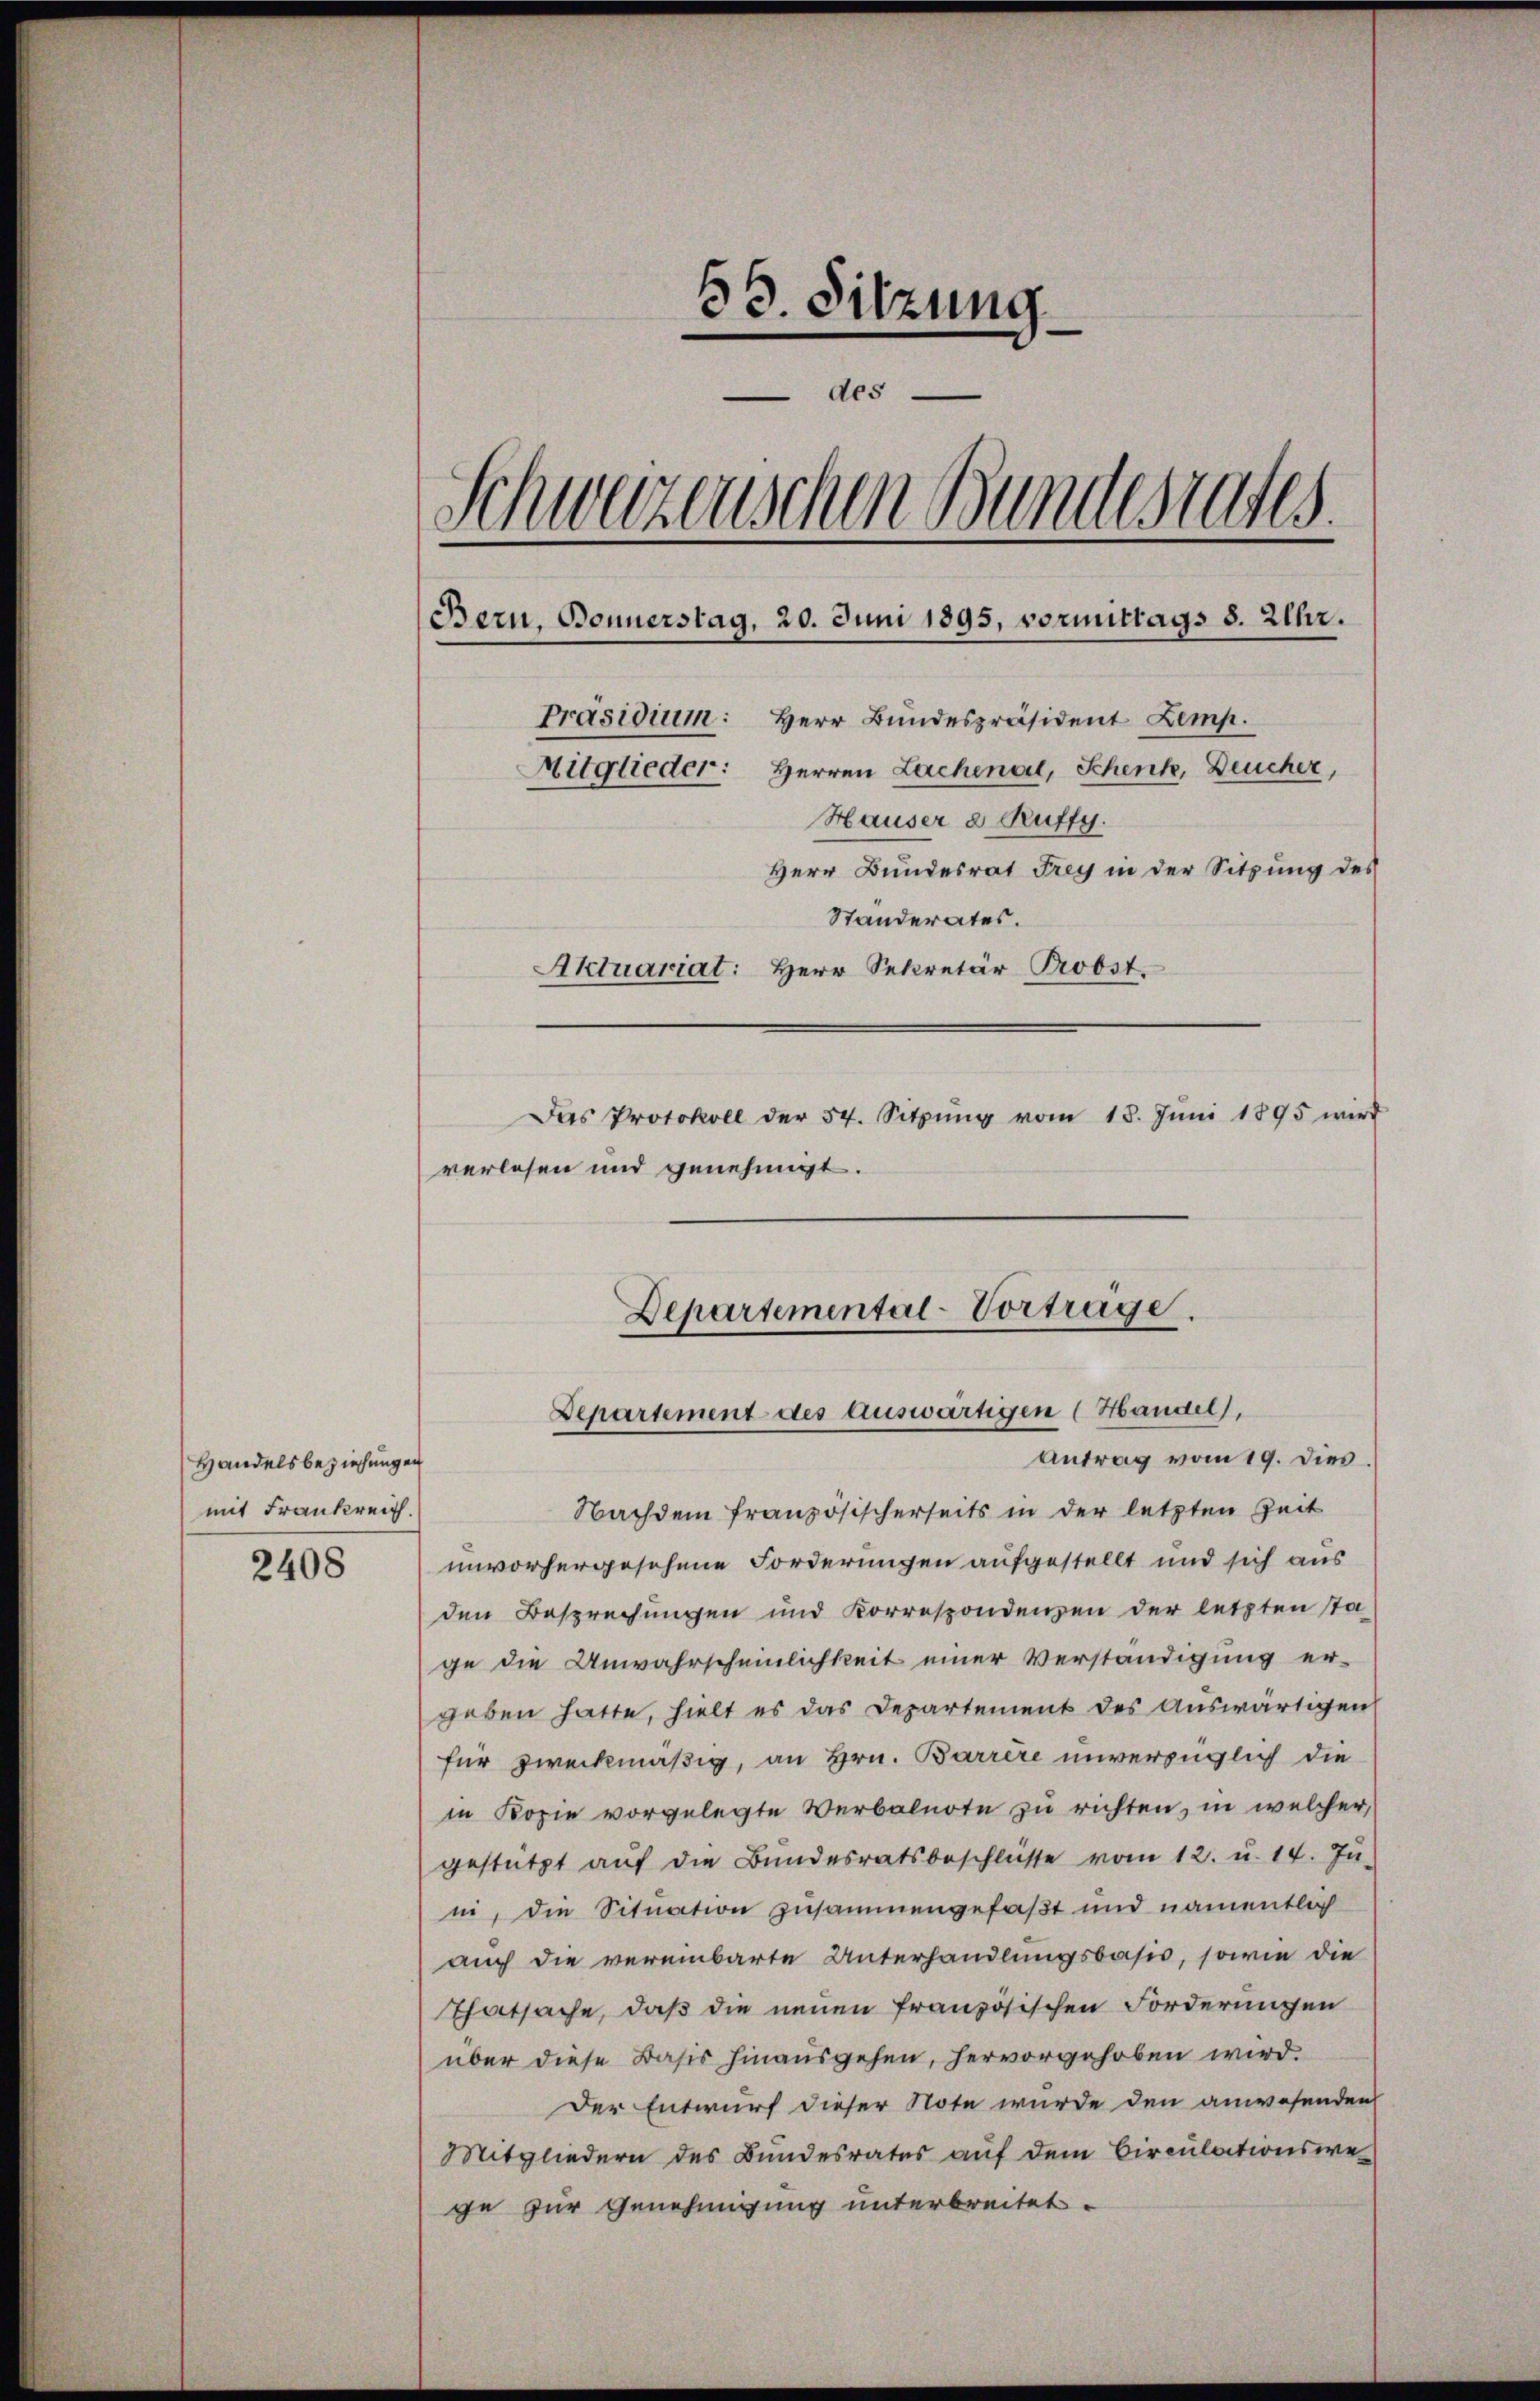
Handelsbeziehungen
mit Frankreich.

2408

33. Sitzung
des
Schweizerischen Bundestates.
Bern, Bonnerstag, 20. Juni 1895, vormittags 8. Uhr.
Präsidium: Herr Bundespräsident Lemp.
Mitglieder: Herren Lachenal, Schenk, Deucher,
Hauser a Ruffy.
Herr Bundesrat Frey in der Sitzung des
Standerates.
Aktuariat: Herr Sekretär Probst.
Das Protokoll der 54. Sitzŭng vom 18. Jŭni 1895 wird
verlesen und genehmigt.

Departemental-Vortrage.
Departement des auswärtigen (Handel,

Antrag vom 19. dies.
Nachdem französischerseits in der letzten Zeit
unvorhergesehene Forderungen aufgestellt und sich aus
den Besprechungen und Korrespondenzen der letzten sta-
ge die Unwahrscheinlichkeit einer Verständigung er-
geben hatte, hielt es das Departement des Auswärtigen
für zweckmäßig, an Hrn. Barrere unverzüglich die
in Kopie vorgelegte Verbalnote zu richten, in welcher
gestützt auf die Bundesratsbeschlüsse vom 12. u. 14. Ju
ii, die Situation zusammengefaßt und namentlich
auch die vereinbarte Unterhandlungsbasis, sowie die
Thatsache, daß die neuen Französischen Forderungen
über diese Basis hinausgehen, hervorgehoben wird.
Der Entwurf dieser Note wurde den anwesenden
Mitgliedern des Bundesrates auf dem Circulationswege zur Genehmigung unterbreitet.